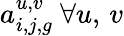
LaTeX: a_{i,j,g}^{u,v}\ \forall u,\, v